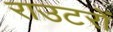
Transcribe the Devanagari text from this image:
राउटरों